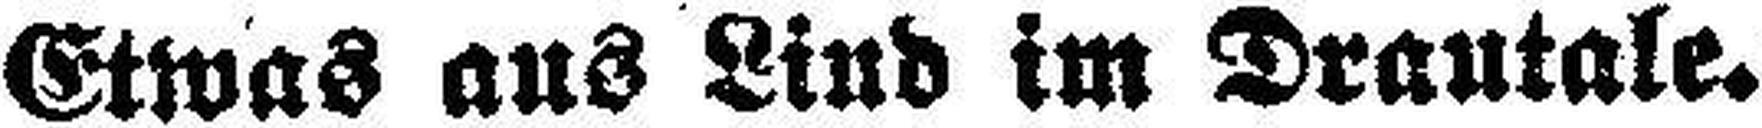
Etwas aus Lind im Drautale.